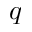
^ Ḋ q Ḍ